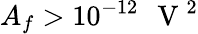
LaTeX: A_{f}>10^{-12}\mathrm{~\, ~V~}^{2}